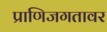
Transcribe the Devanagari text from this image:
प्राणिजगतावर